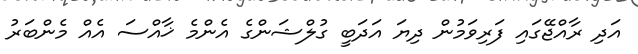
އަދި ރާއްޖޭގައި ފަރިވަމުން ދިޔަ އަދަބީ ގުލްޝަންގެ އެންމެ ޚާއްސަ އެއް މެންބަރު